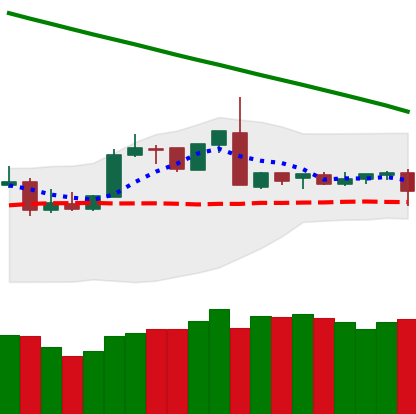
Ticker: XMR-USD
Chart end date: 2019-03-04
Forward return: 4.731%
Label: up_3_5